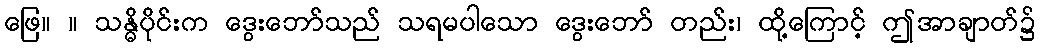
ဖြေ။ ။ သန္ဓိပိုင်းက ဒွေးဘော်သည် သရမပါသော ဒွေးဘော် တည်း၊ ထို့ကြောင့် ဤအာချာတ်၌